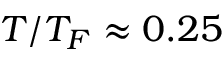
T / T _ { F } \approx 0 . 2 5